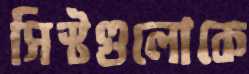
সিস্টগুলোকে